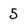
Character: 5